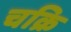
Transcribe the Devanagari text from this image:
चक्रि